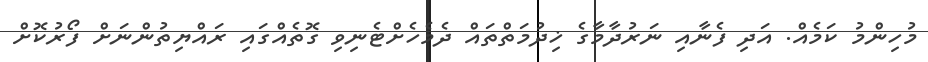
މުހިންމު ކަމެއް. އަދި ފެނާއި ނަރުދާމާގެ ޚިދުމަތްތައް ދެމެހެށްޓެނިވި ގޮތެއްގައި ރައްޔިތުންނަށް ފޯރުކޮށް